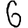
Digit: 6